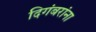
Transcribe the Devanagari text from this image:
दिगंबरांना